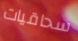
سحاقيات